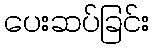
ပေးဆပ်ခြင်း